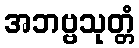
အဘဗ္ဗသုတ္တံ